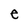
Character: e